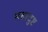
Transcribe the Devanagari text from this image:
महादुष्ट